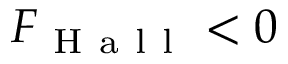
F _ { \mathrm { ~ H ~ a ~ l ~ l ~ } } < 0